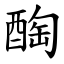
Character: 醄